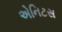
એનિટસ